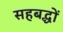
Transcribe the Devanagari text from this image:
सहबद्धों